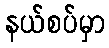
နယ်စပ်မှာ